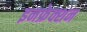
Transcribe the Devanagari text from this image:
इनफ्रेक्शन